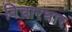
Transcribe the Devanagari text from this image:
विचारधार